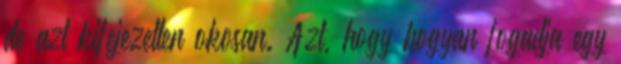
de azt kifejezetten okosan. Azt, hogy hogyan fogadja egy